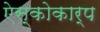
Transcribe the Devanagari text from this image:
ऐस्कोकार्प